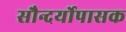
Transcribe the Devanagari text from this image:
सौन्दर्योपासक